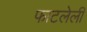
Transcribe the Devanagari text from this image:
फाटलेली